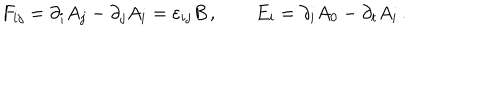
F _ { i j } = \partial _ { i } A _ { j } - \partial _ { j } A _ { i } = \varepsilon _ { i j } B \, , \qquad E _ { i } = \partial _ { i } A _ { 0 } - \partial _ { t } A _ { i } \, .